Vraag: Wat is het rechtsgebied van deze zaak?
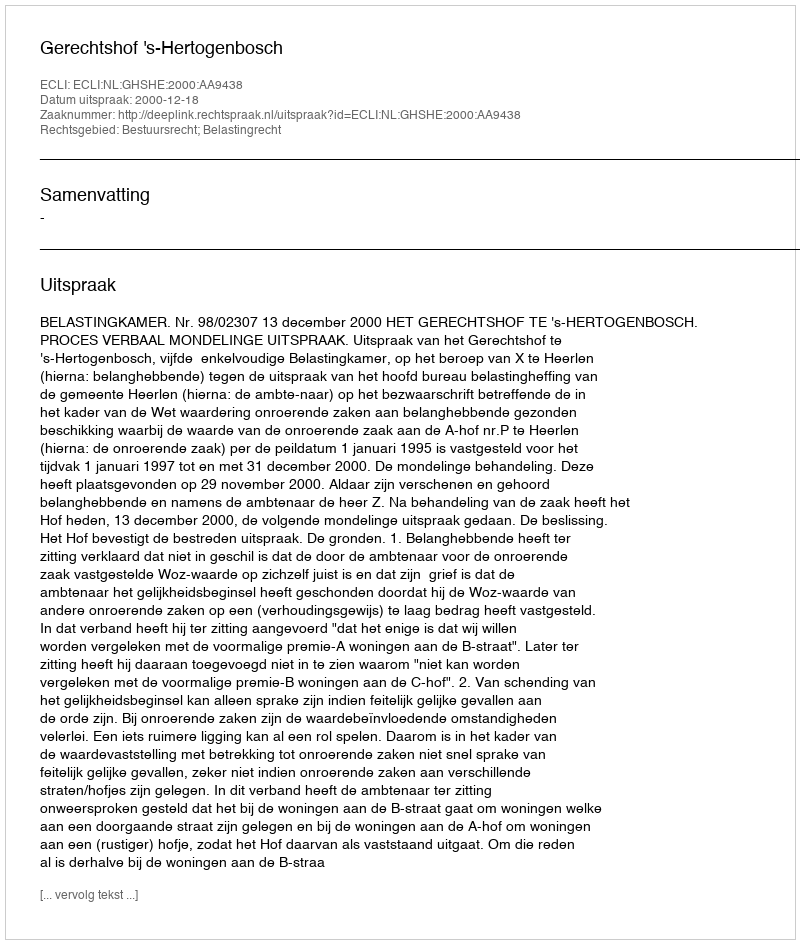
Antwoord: Bestuursrecht; Belastingrecht